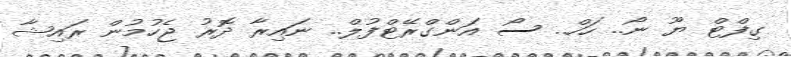
ގިފްޓް ޔޫ ނޯ.. ހަހް.. ސޯ އަންގްރޭޓްފުލް.. ނައިރާ ދޮރު ޖެހުމުން ރައިޝާ